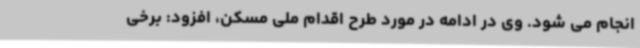
انجام می شود. وی در ادامه در مورد طرح اقدام ملی مسکن، افزود: برخی